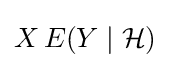
X\,E(Y\mid {\mathcal {H}})